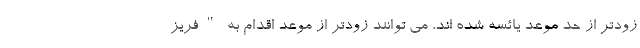
زودتر از حد موعد یائسه شده اند، می توانند زودتر از موعد اقدام به "فریز